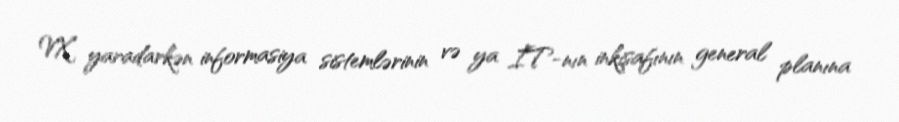
VX yaradarkən informasiya sistemlərinin və ya İT-nın inkişafının general planına